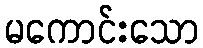
မကောင်းသော